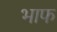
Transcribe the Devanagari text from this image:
भाफ